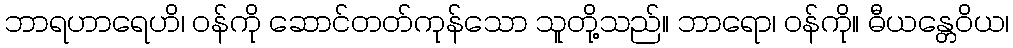
ဘာရဟာရေဟိ၊ ဝန်ကို ဆောင်တတ်ကုန်သော သူတို့သည်။ ဘာရော၊ ဝန်ကို။ ဓီယန္တေဝိယ၊